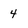
Character: 4